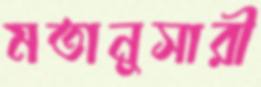
মতানুসারী